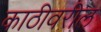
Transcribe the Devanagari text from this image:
काठीवरील